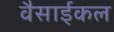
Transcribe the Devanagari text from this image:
वैसाईकल